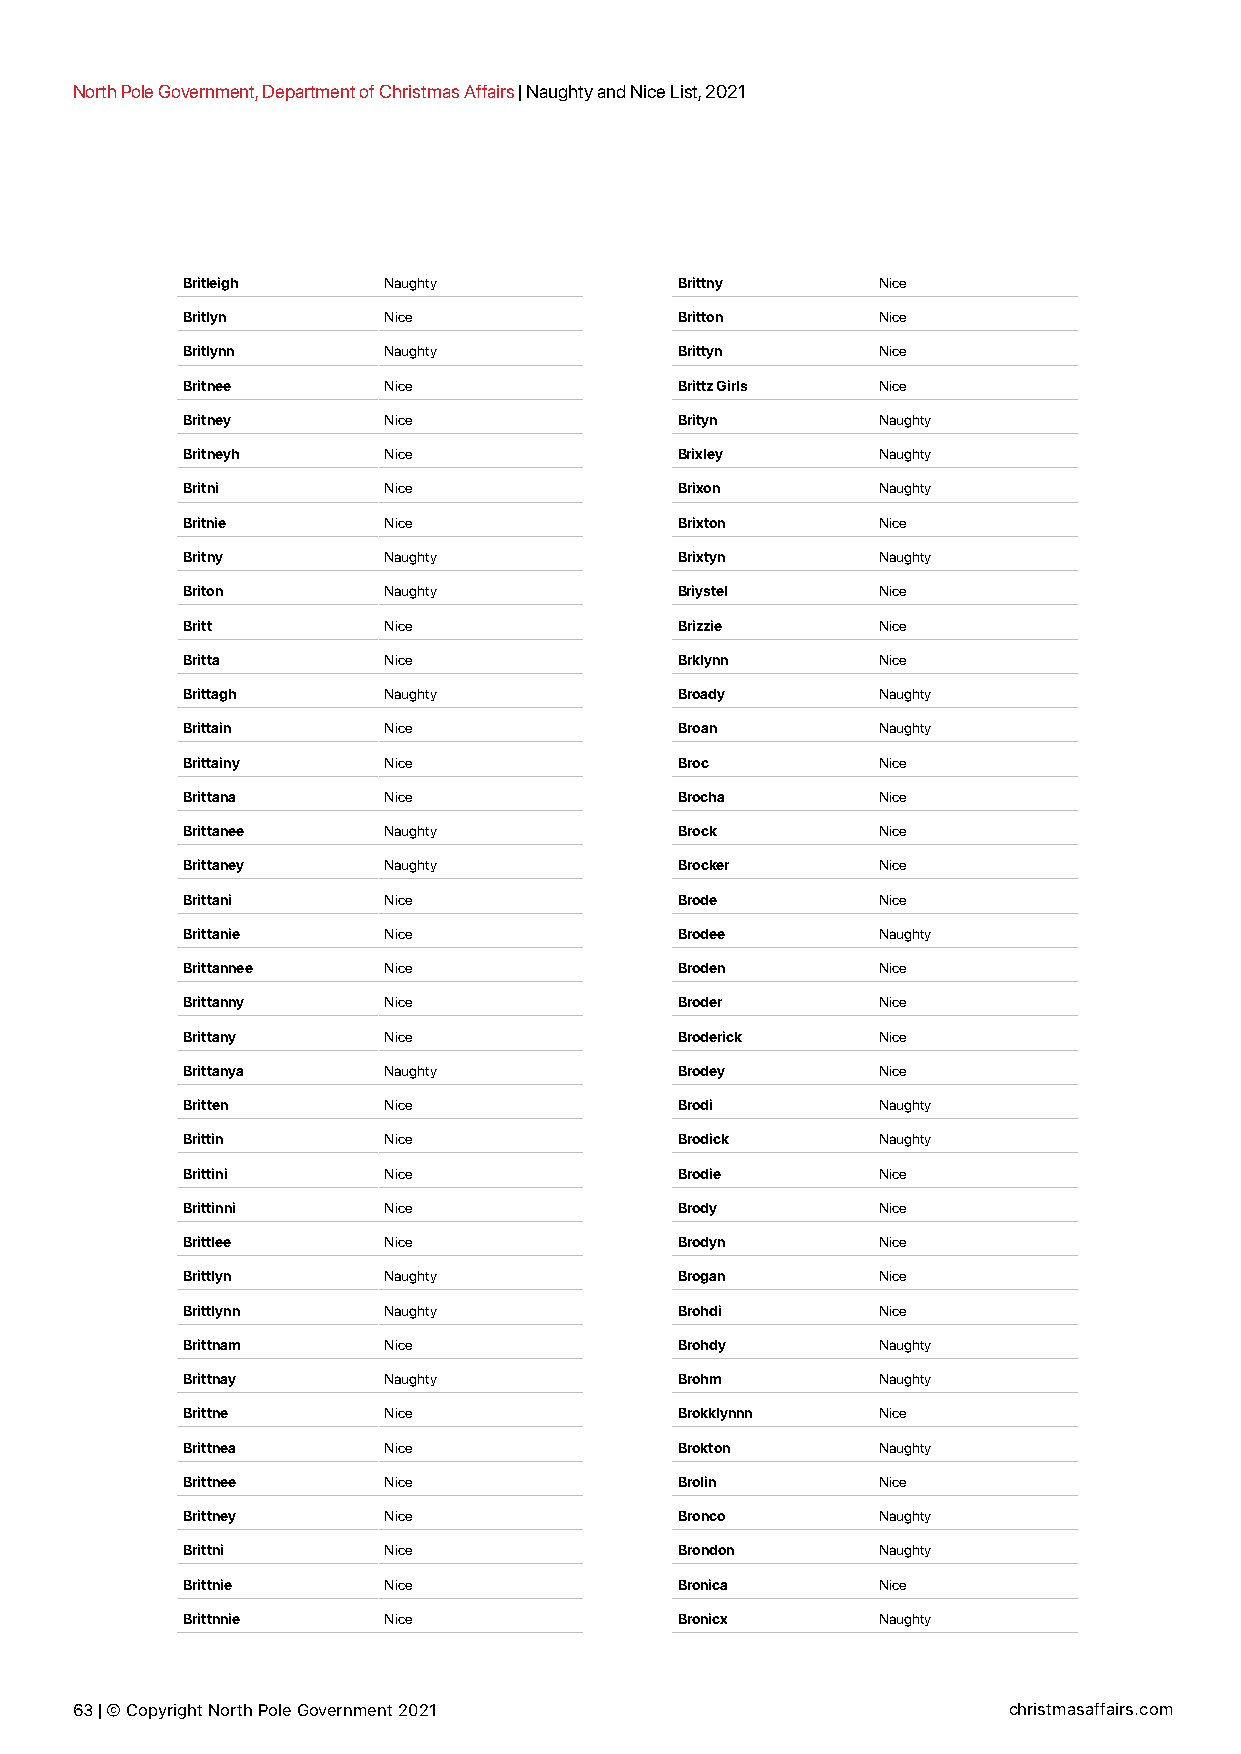
North Pole Government, Department of Christmas Affairs | Naughty and Nice List, 2021
 Britleigh    Naughty             Brittny      Nice
 Britlyn      Nice                Britton      Nice
 Britlynn     Naughty             Brittyn      Nice
 Britnee      Nice                Brittz Girls Nice
 Britney      Nice                Brityn       Naughty
 Britneyh     Nice                Brixley      Naughty
 Britni       Nice                Brixon       Naughty
 Britnie      Nice                Brixton      Nice
 Britny       Naughty             Brixtyn      Naughty
 Briton       Naughty             Briystel     Nice
 Britt        Nice                Brizzie      Nice
 Britta       Nice                Brklynn      Nice
 Brittagh     Naughty             Broady       Naughty
 Brittain     Nice                Broan        Naughty
 Brittainy    Nice                Broc         Nice
 Brittana     Nice                Brocha       Nice
 Brittanee    Naughty             Brock        Nice
 Brittaney    Naughty             Brocker      Nice
 Brittani     Nice                Brode        Nice
 Brittanie    Nice                Brodee       Naughty
 Brittannee   Nice                Broden       Nice
 Brittanny    Nice                Broder       Nice
 Brittany     Nice                Broderick    Nice
 Brittanya    Naughty             Brodey       Nice
 Britten      Nice                Brodi        Naughty
 Brittin      Nice                Brodick      Naughty
 Brittini     Nice                Brodie       Nice
 Brittinni    Nice                Brody        Nice
 Brittlee     Nice                Brodyn       Nice
 Brittlyn     Naughty             Brogan       Nice
 Brittlynn    Naughty             Brohdi       Nice
 Brittnam     Nice                Brohdy       Naughty
 Brittnay     Naughty             Brohm        Naughty
 Brittne      Nice                Brokklynnn   Nice
 Brittnea     Nice                Brokton      Naughty
 Brittnee     Nice                Brolin       Nice
 Brittney     Nice                Bronco       Naughty
 Brittni      Nice                Brondon      Naughty
 Brittnie     Nice                Bronica      Nice
 Brittnnie    Nice                Bronicx      Naughty
 63 | © Copyright North Pole Government 2021                   christmasaffairs.com